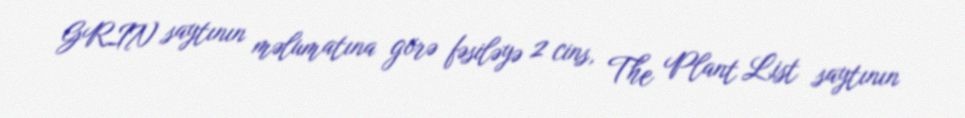
GRIN saytının məlumatına görə fəsiləyə 2 cins, The Plant List saytının